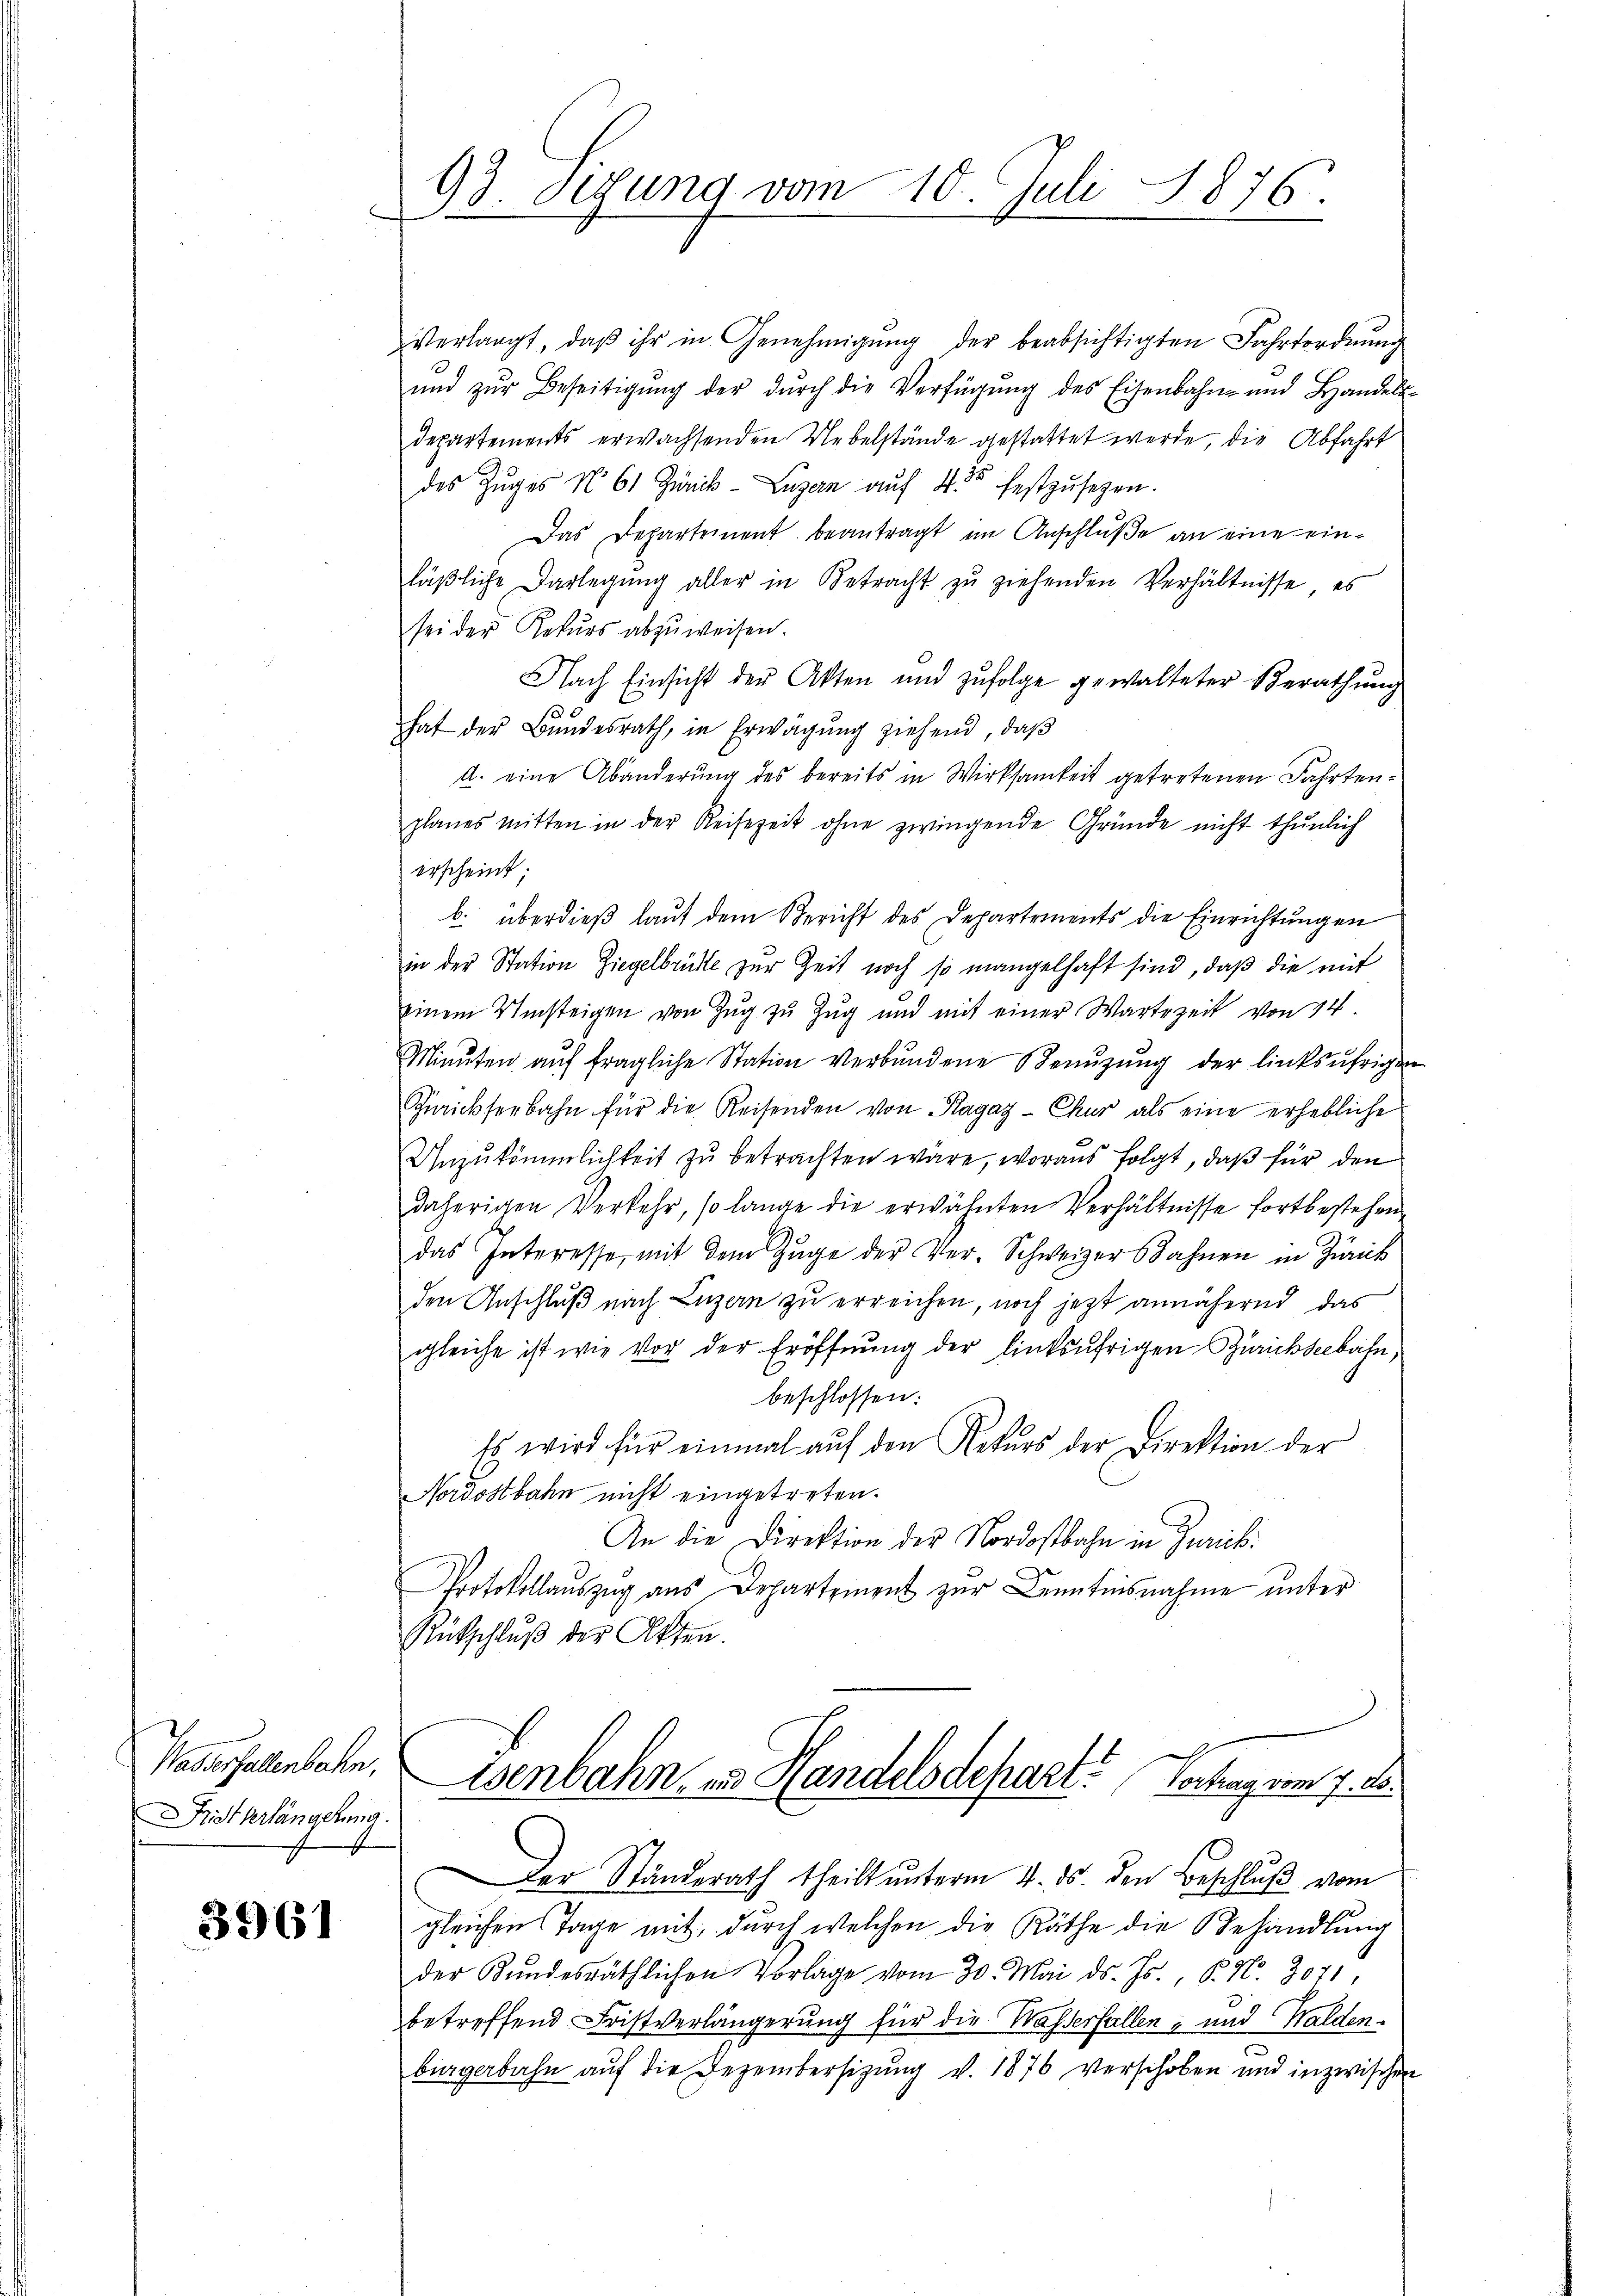
Waserfallenbachen,
rist verlängelung

3961

93. Segung vom 10. Juli 1876.

verlangt, daβ ihr in Genehmigŭng der beabsichtigten Jahrfordnŭng
ŭnd zŭr Beseitigŭng der dŭrch die Verfügŭng des Eisenbahn- und Handels-
Departements erwachsenden Uebelstände gestattet werde, die Abfahrt
des Zŭges No 61 Zünik-Luzern auf 45 festzŭsezen.
Das Departement beantragt im Anschluße an eine einläβliche Darlegŭng aller in Betracht zu ziehenden Verhältnisse es
sei der Rekurs abzuweisen.
Nach Einsicht der Akten und zufolge gewalteter Berathung
hat der Bundesrath, in Erwägŭng ziehend, daβ
A. eine Abänderung des bereits in Wirksamkeit getretenen Fahrtenplanes mitten in der Reisezeit ohne zwingende Gründe nicht thŭnlich
erscheint;
b. überdieß laut dem Bericht des Departements die Einrichtungen
in der Station Ziegelbrüste zur Zeit noch so mangelhaft sind, daß die mit
einem Umsteigen von Zŭg zŭ Zug und mit einer Wartezeit von 14.
Minuten aŭf fragliche Station verbŭndene Benŭzŭng der linksufrigen
Zwickerbahn für die Reisenden von Ragaz- Chur als eine erhebliche
Anzukömmlichkeit zu betrachten wäre, woraus folgt, daß für den
daherigen Verkehr, so lange die erwähnten Verhältnisse fortbestehen
das Interesse, mit dem Zŭge der Ver- Schweizers Bahnen in Zürich
den Anschluß nach Luzern zu erreichen, noch jetzt annähernd das
gleiche ist wie vor der Eröffnŭng der linksufrigen Zürichseebahn,
beschlossen:
Es wird für einmal auf den Rekurs der Direktion der
Nordostbahn nicht eingetreten.
An die Direktion der Nordostbahn in Zürich.
Protokollauszug aus Departement zur Kenntnisnahme unter
Rükschluß der Akten.
Esenbahn und Handelsdepart? Vortrag vom 7. d.
Der Ständerath theilt unterm 4. ds. den Beschluß vom
gleichen Tage mit, durch welchen die Räthe die Behandlung
der Kundesräthlichen Vorlage vom 30. Mai d. Js., P. Nr. 307,
betreffend Fristverlängerung für die Wasserfallen, und Walden-
e
bürgerbahn auf die Dezembersitzung v. 1876 verschoben und inzwischen